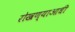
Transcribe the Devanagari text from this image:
रोखण्याआधी